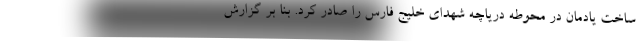
ساخت یادمان در محوطه دریاچه شهدای خلیج فارس را صادر کرد. بنا بر گزارش